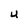
Character: U